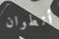
أنطوان